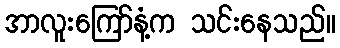
အာလူးကြော်နံ့က သင်းနေသည်။